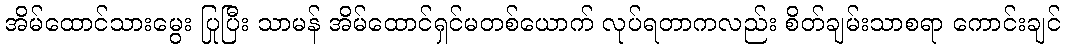
အိမ်ထောင်သားမွေး ပြုပြီး သာမန် အိမ်ထောင်ရှင်မတစ်ယောက် လုပ်ရတာကလည်း စိတ်ချမ်းသာစရာ ကောင်းချင်